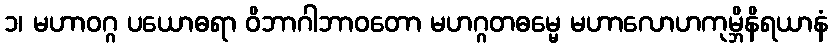
၁၊ မဟာဝဂ္ဂ ပယောဓရာ ဝိဘာဂါဘာဝတော မဟဂ္ဂတဓမ္မေ မဟာလောဟကုမ္ဘိနိရယာနံ